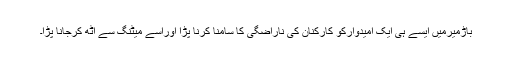
باڑمیرمیں ایسے ہی ایک امیدوارکو کارکنان کی ناراضگی کا سامنا کرنا پڑا اوراسے میٹنگ سے اٹھ کرجانا پڑا۔